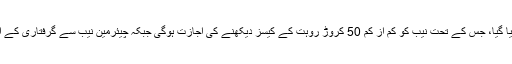
بل کو متعلقہ قائمہ کمیٹی میں پیش کردیا گیا، جس کے تحت نیب کو کم از کم 50 کروڑ روہت کے کیسز دیکھنے کی اجازت ہوگی جبکہ چیئرمین نیب سے گرفتاری کے اختیارات بھی واپس لے لیے جائیں گے۔